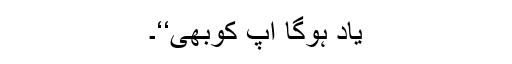
یاد ہوگا آپ کوبھی‘‘۔